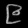
Digit: ၉